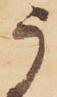
う